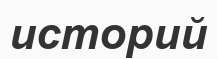
историй